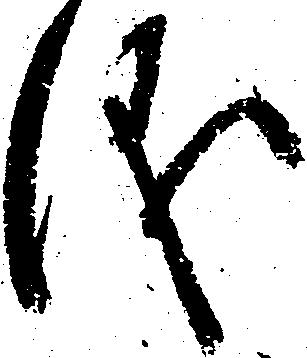
儀